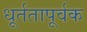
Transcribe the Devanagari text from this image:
धूर्ततापूर्वक